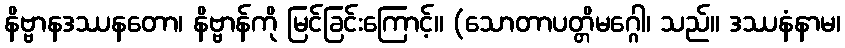
နိဗ္ဗာနဒဿနတော၊ နိဗ္ဗာန်ကို မြင်ခြင်းကြောင့်။ (သောတာပတ္တိမဂ္ဂေါ၊ သည်။ ဒဿနံနာမ၊